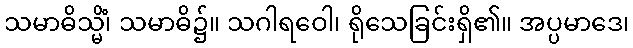
သမာဓိသ္မိံ၊ သမာဓိ၌။ သဂါရဝေါ၊ ရိုသေခြင်းရှိ၏။ အပ္ပမာဒေ၊